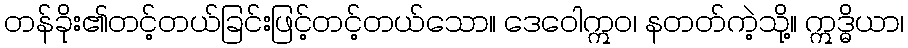
တန်ခိုး၏တင့်တယ်ခြင်းဖြင့်တင့်တယ်သော။ ဒေဝေါဣဝ၊ နတတ်ကဲ့သို့။ ဣဒ္ဓိယာ၊